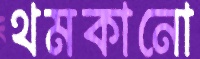
থমকানো